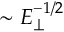
\sim E _ { \perp } ^ { - 1 / 2 }